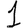
Digit: 1